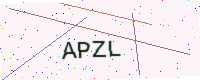
Text: APZL